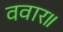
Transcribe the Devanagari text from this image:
ववार॥